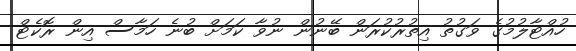
ހުއްޓާލުމުގެ ވަގުތު އިތުރުކުރަން ބޭނުން ނުވާ ކަމަށް ބުނެ ހަމާސް އިން ރޮކެޓް